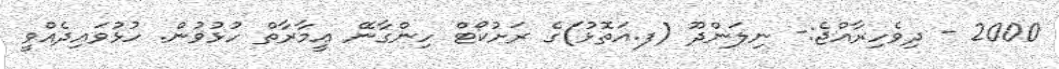
2000 - ދިވެހިރާއްޖެ:- ނިލަންދޫ (ފ.އަތޮޅު)ގެ ރަށުކޯޓް ހިންގާނޭ ޢީމާރާތް ހުޅުވުން. ހުޅުވައިދެއްވީ